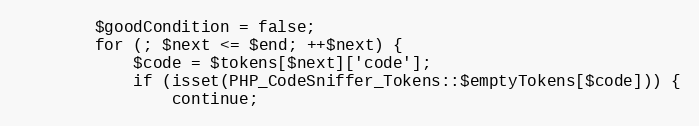
Language: PHP
		$goodCondition = false;
		for (; $next <= $end; ++$next) {
			$code = $tokens[$next]['code'];
			if (isset(PHP_CodeSniffer_Tokens::$emptyTokens[$code])) {
				continue;